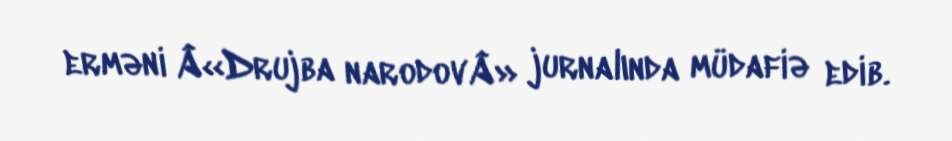
erməni Â«Drujba narodovÂ» jurnalında müdafiə edib.